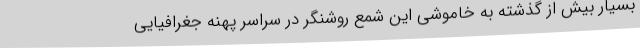
بسیار بیش از گذشته به خاموشی این شمع روشنگر در سراسر پهنه جغرافیایی